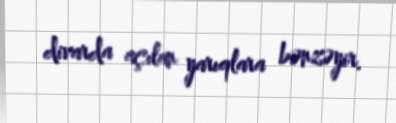
divarda açılan yarıqlara bənzəyir.